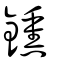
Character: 鑂